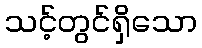
သင့်တွင်ရှိသော